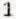
1